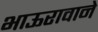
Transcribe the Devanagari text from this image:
भाऊरावाने